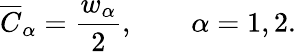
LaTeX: \overline{{C}}_{\alpha}=\frac{w_{\alpha}}{2},\qquad\alpha=1,2.